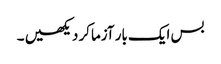
بس ایک بار آزماکر دیکھیں ۔